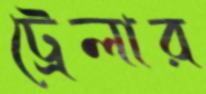
ট্রেলার